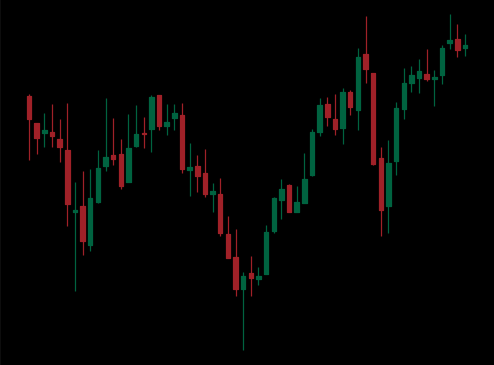
Pattern: inverse_head_shoulders